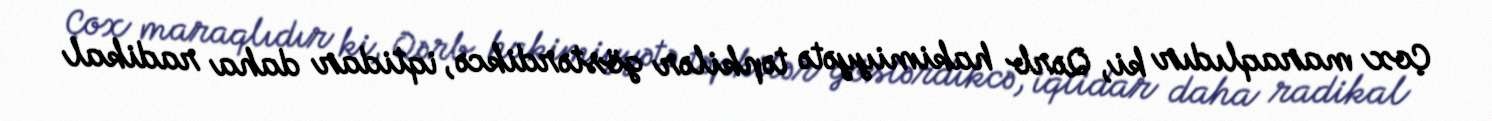
Çox maraqlıdır ki, Qərb hakimiyyətə təpkilər göstərdikcə, iqtidar daha radikal